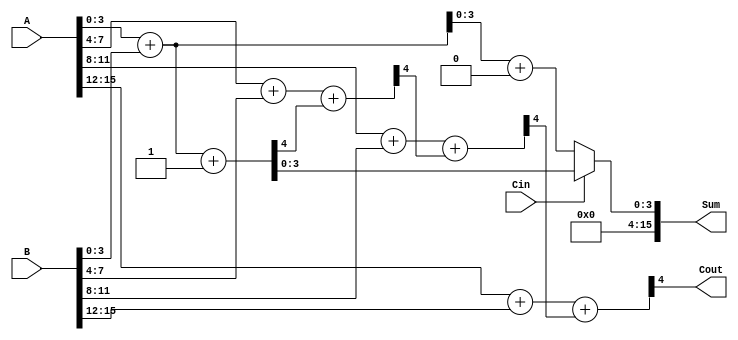
module HybridCarrySelectAdder (
    input [15:0] A,          // 16-bit input A
    input [15:0] B,          // 16-bit input B
    input Cin,               // Carry-in
    output [15:0] Sum,       // 16-bit Sum output
    output Cout              // Carry-out
);

    // Internal signals for carry and sum
    wire [3:0] Sum0, Sum1;   // Sum outputs assuming carry-in 0 and 1
    wire [3:0] C0, C1;       // Carry outputs assuming carry-in 0 and 1
    wire [3:0] P, G;         // Propagate and Generate signals
    wire [3:0] C;            // Carry signals for each segment

    // Segment 0 (LSB)
    assign {C0[0], Sum0[3:0]} = A[3:0] + B[3:0] + 0; // Carry-in = 0
    assign {C1[0], Sum1[3:0]} = A[3:0] + B[3:0] + 1; // Carry-in = 1

    // Segment 1
    assign {C0[1], Sum0[7:4]} = A[7:4] + B[7:4] + C0[0]; // Carry-in from segment 0
    assign {C1[1], Sum1[7:4]} = A[7:4] + B[7:4] + C1[0]; // Carry-in from segment 0

    // Segment 2
    assign {C0[2], Sum0[11:8]} = A[11:8] + B[11:8] + C0[1]; // Carry-in from segment 1
    assign {C1[2], Sum1[11:8]} = A[11:8] + B[11:8] + C1[1]; // Carry-in from segment 1

    // Segment 3 (MSB)
    assign {C0[3], Sum0[15:12]} = A[15:12] + B[15:12] + C0[2]; // Carry-in from segment 2
    assign {C1[3], Sum1[15:12]} = A[15:12] + B[15:12] + C1[2]; // Carry-in from segment 2

    // Carry Lookahead Logic
    assign P = (A[3:0] ^ B[3:0]) | (A[7:4] ^ B[7:4]) | (A[11:8] ^ B[11:8]) | (A[15:12] ^ B[15:12]);
    assign G = (A[3:0] & B[3:0]) | (A[7:4] & B[7:4]) | (A[11:8] & B[11:8]) | (A[15:12] & B[15:12]);

    // Final Carry-out
    assign Cout = C1[3]; // Final carry-out from the last segment

    // Multiplexer for final sum selection
    assign Sum = (Cin) ? Sum1 : Sum0;

endmodule